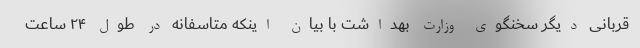
قربانی دیگر سخنگوی وزارت بهداشت با بیان اینکه متاسفانه در طول ۲۴ ساعت